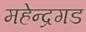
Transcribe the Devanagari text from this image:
महेन्द्रगड